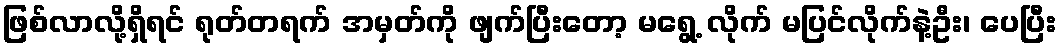
ဖြစ်လာလို့ရှိရင် ရုတ်တရက် အမှတ်ကို ဖျက်ပြီးတော့ မရွေ့ လိုက် မပြင်လိုက်နဲ့ဦး၊ ပေပြီး